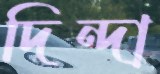
দিন্দা